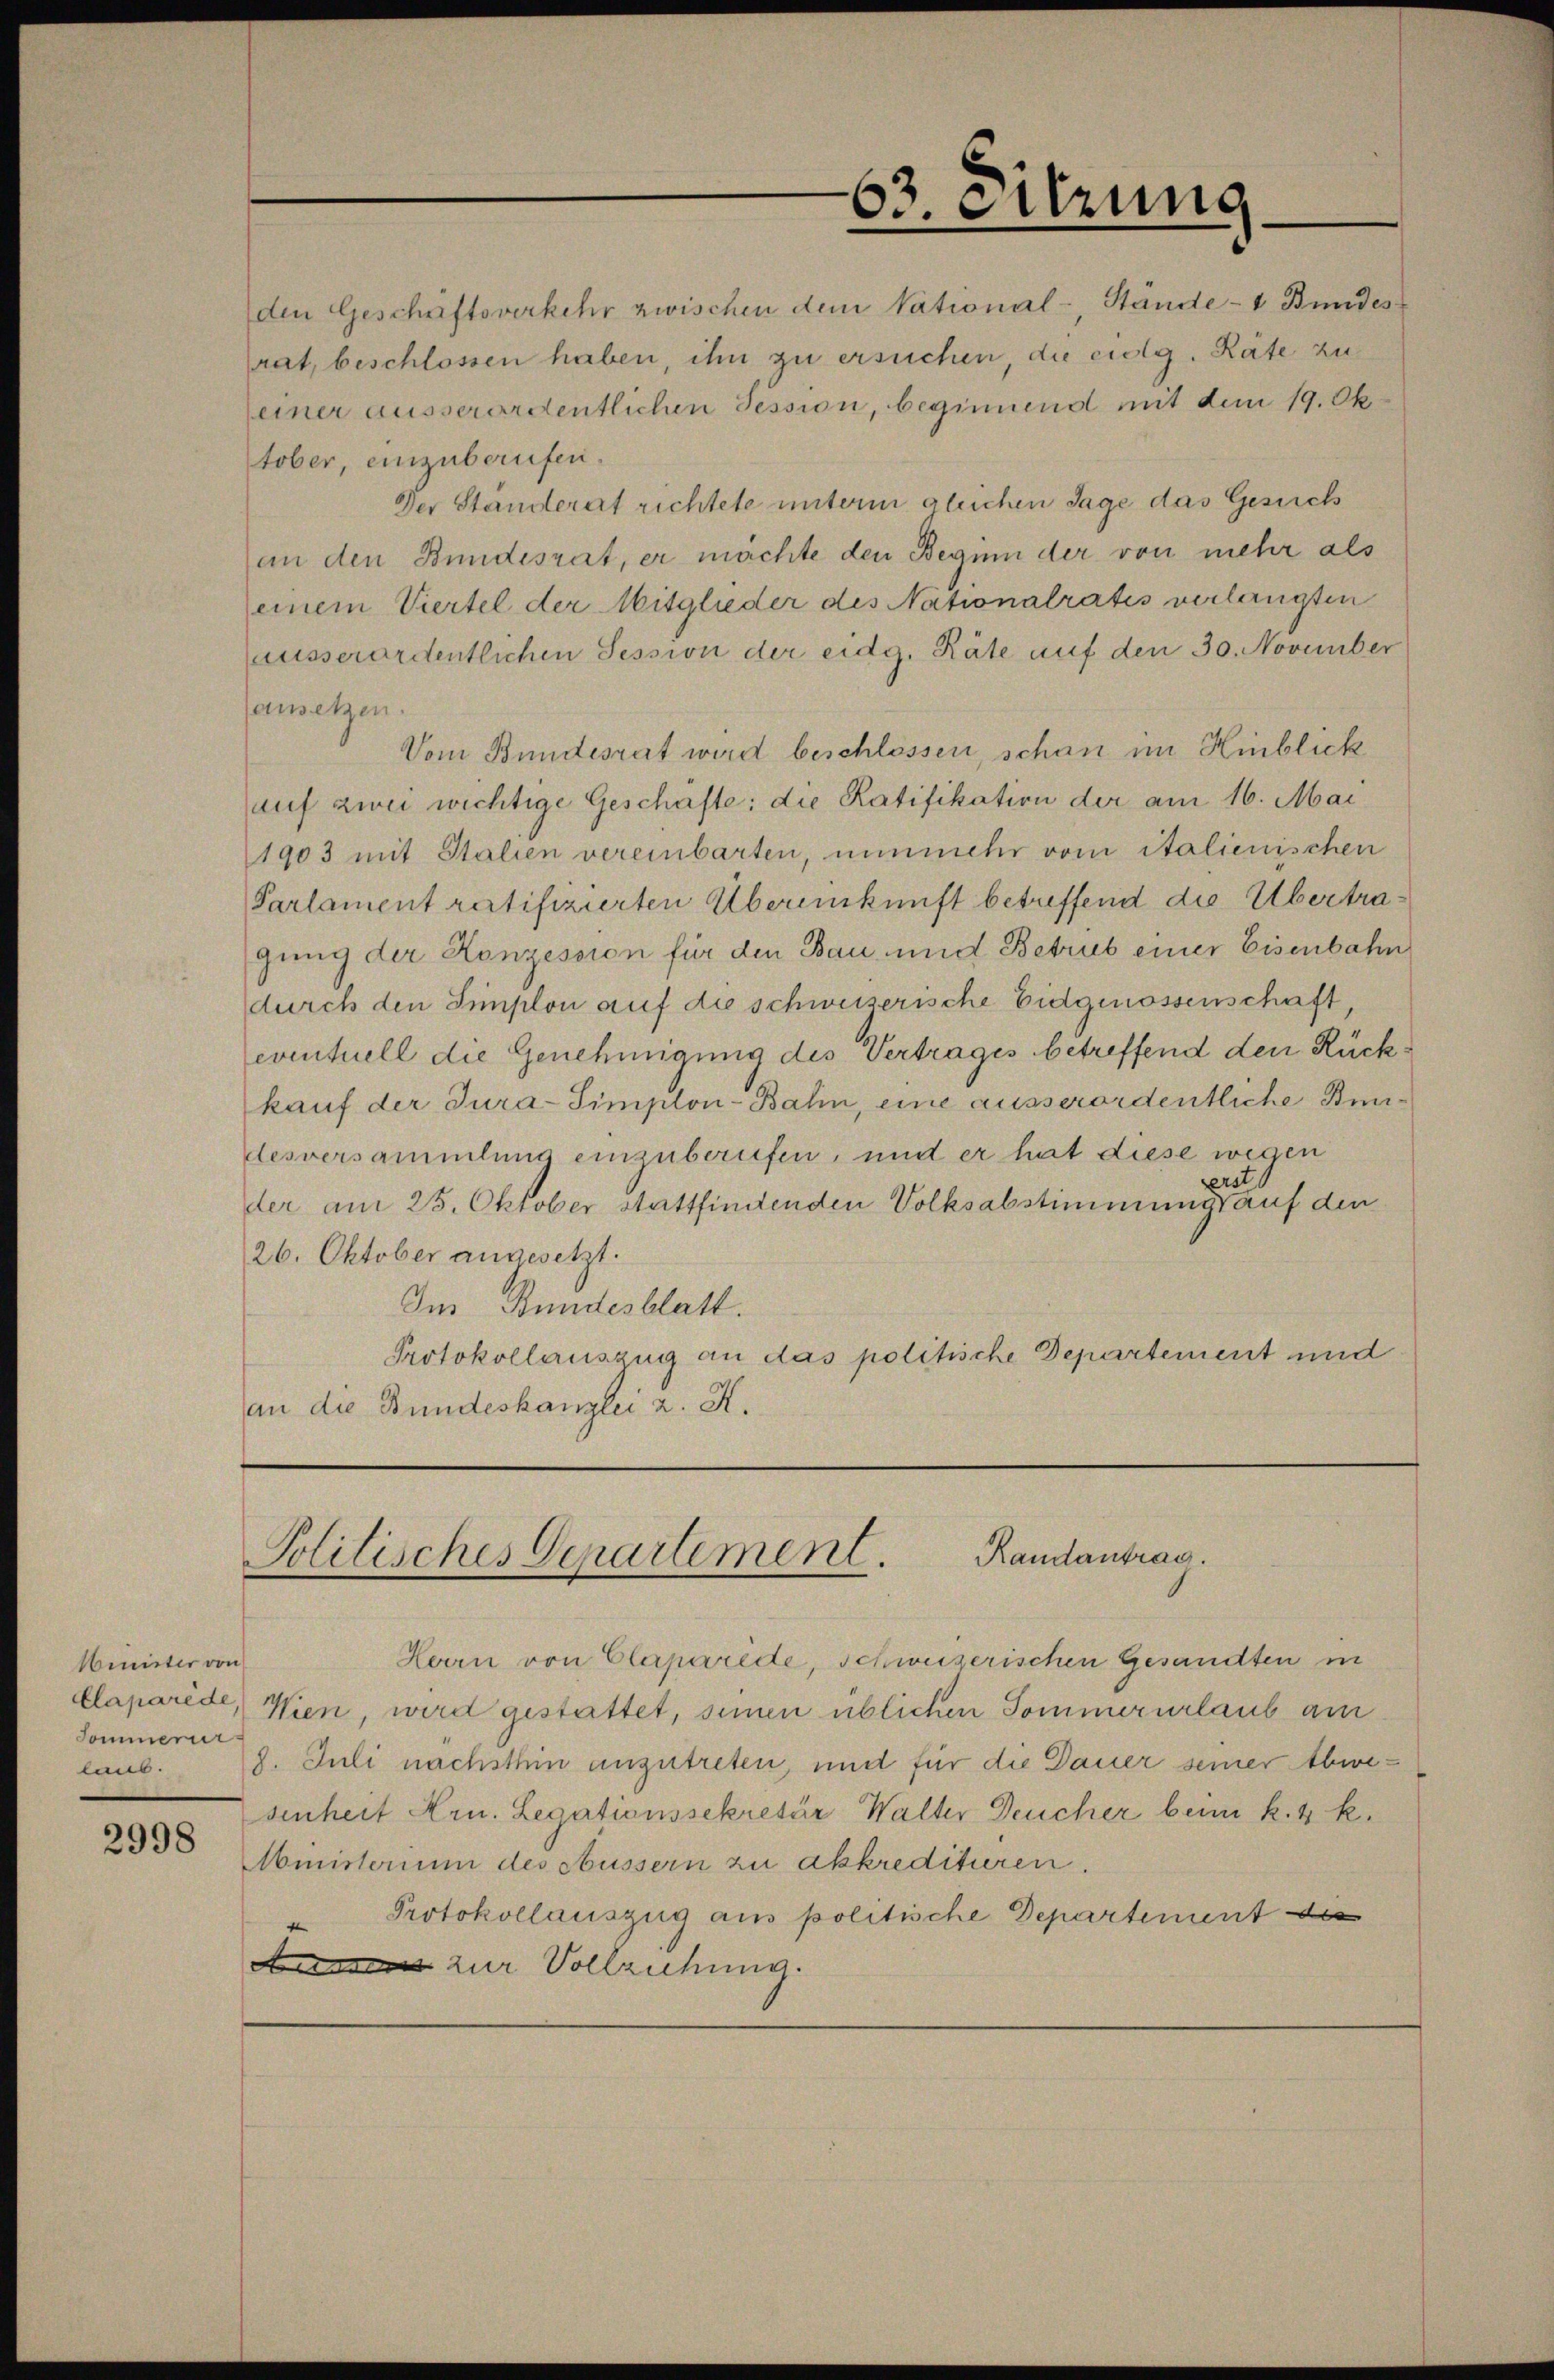
Minister von
Sommerur
teiner

2998

den Geschäftsverkehr zwischen dem National-, Stände- & Bundesrat, beschlossen haben, ihn zu ersuchen, die eidg. Räte zu
einer ausserordentlichen Tession, beginnend mit dem 19. Ok
tober, einzuberufen.
Der Ständerat richtete unterm gleichen Tage das Gesuch
an den Bundesrat, er machte den Beginn der von mehr als
einem Viertel der Mitglieder des Nationalratis verlangten
ausserordentlichen Session der eidg. Räte auf den 30. November
ansetzen.
Vom Bundesrat wird beschlossen, schon im Hinblick
auf zwei wichtige Geschafte: die Ratifikation der am 16. Mai
1903 mit Stalien vereinbarten, nunmehr vom italienischen
Parlament ratifizierten Übereinkunft betreffend die Übertragung der Konzession für den Bau und Betrub einer Eisenbahn
durch den Simplon auf die schweizerische Eidgenossenschaft,
eventuell die Genehmigung des Vertrages betreffend den Rückkauf der Jura-Simplon-Bahn, eine ausserordentliche Bendesversammlung einzuberufen, und er hat diese wegen
erst
der am 25. Oktober stattfindenden Volksabstimmungsauf den
26. Oktober angesetzt.
Im Bundesblatt.
Protokollauszug an das politische Departement und
an die Bundeskanzlei a. K.

Politisches Departement. Randantrag.

Herrn von Claparide, schweizerischen Gesandten in
klaparède, Wien, wird gestattet, seinen üblichen Sommerurlaub am
8. Juli nachsthin anzutreten, und für die Dauer seiner Abwesenheit Hrn. Legationssekretär Walter Deucher beim k. k. k.
Mmisterium des Aussern zu akkredituren.
Protokollauszug aus politische Departement des
La zur Vollziehung.

63. Sitzung